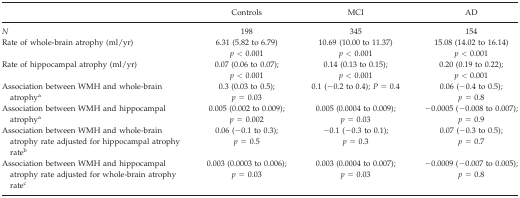
<table><thead><tr><td>[EMPTY_CELL]</td><td><b>Controls</b></td><td><b>MCI</b></td><td><b>AD</b></td></tr></thead><tbody><tr><td><i>N</i></td><td>198</td><td>345</td><td>154</td></tr><tr><td>Rate of whole‐brain atrophy (ml/yr)</td><td>6.31 (5.82 to 6.79)<i>p &lt;</i> 0.001</td><td>10.69 (10.00 to 11.37)<i>p &lt;</i> 0.001</td><td>15.08 (14.02 to 16.14)<i>p &lt;</i> 0.001</td></tr><tr><td>Rate of hippocampal atrophy (ml/yr)</td><td>0.07 (0.06 to 0.07); <i>p &lt;</i> 0.001</td><td>0.14 (0.13 to 0.15); <i>p &lt;</i> 0.001</td><td>0.20 (0.19 to 0.22); <i>p &lt;</i> 0.001</td></tr><tr><td>Association between WMH and whole‐brain atrophya</td><td>0.3 (0.03 to 0.5); <i>p =</i> 0.03</td><td>0.1 (−0.2 to 0.4); <i>P =</i> 0.4</td><td>0.06 (−0.4 to 0.5); <i>p =</i> 0.8</td></tr><tr><td>Association between WMH and hippocampal atrophya</td><td>0.005 (0.002 to 0.009); <i>p =</i> 0.002</td><td>0.005 (0.0004 to 0.009); <i>p =</i> 0.03</td><td>−0.0005 (−0.008 to 0.007); <i>p =</i> 0.9</td></tr><tr><td>Association between WMH and whole‐brain atrophy rate adjusted for hippocampal atrophy rateb</td><td>0.06 (−0.1 to 0.3); <i>p =</i> 0.5</td><td>−0.1 (−0.3 to 0.1); <i>p =</i> 0.3</td><td>0.07 (−0.3 to 0.5); <i>p =</i> 0.7</td></tr><tr><td>Association between WMH and hippocampal atrophy rate adjusted for whole‐brain atrophy ratec</td><td>0.003 (0.0003 to 0.006); <i>p =</i> 0.03</td><td>0.003 (0.0004 to 0.007); <i>p =</i> 0.03</td><td>−0.0009 (−0.007 to 0.005); <i>p =</i> 0.8</td></tr></tbody></table>